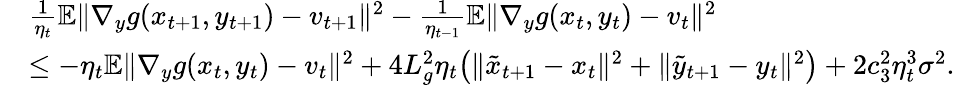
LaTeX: \begin{array}{rl}&{\frac{1}{\eta_{t}}\mathbb{E}\| \nabla_{y}g(x_{t+1},y_{t+1})-v_{t+1}\| ^{2}-\frac{1}{\eta_{t-1}}\mathbb{E}\| \nabla_{y}g(x_{t},y_{t})-v_{t}\| ^{2}}\\ &{\leq-\eta_{t}\mathbb{E}\| \nabla_{y}g(x_{t},y_{t})-v_{t}\| ^{2}+4L_{g}^{2}\eta_{t}\big(\| \tilde{x}_{t+1}-x_{t}\| ^{2}+\| \tilde{y}_{t+1}-y_{t}\| ^{2}\big)+2c_{3}^{2}\eta_{t}^{3}\sigma^{2}.}\end{array}